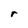
Character: r